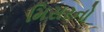
મિસરનો